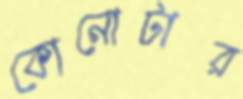
কোনোটার